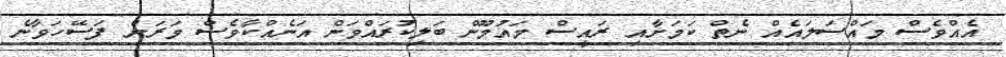
އެއްވެސް މައްސަލައެއް ނެތް ކަމަށާއި ރައީސް މައުމޫން ބަލިކުރައްވަން އަނެއްކާވެސް ވަރަށް ފަސޭހަވާނެ